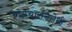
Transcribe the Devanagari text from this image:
भ्रष्टाचारनिरोधी